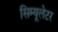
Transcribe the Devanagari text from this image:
सिम्यूलेटर